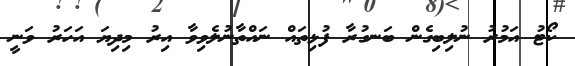
ކޯޓު އަމުރު ނުލިބިގެން ބަނގުރާ ފުޅިތައް ނައްތާނުލެވިވާ އިރު މިދިޔަ އަހަރު ވަނީ